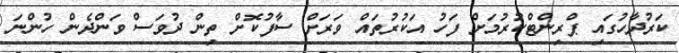
ކަރުދާހުގައި ޕްރިންޓްކުރުމަށް ފަހު އަކުރުތައް ވަރަށް ސާފުކޮށް ތިން ދުވަސް ވަންދެން ހުންނަ